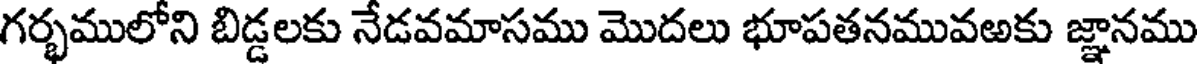
గర్భములోని బిడ్డలకు నేడవమాసము మొదలు భూపతనమువఱకు జ్ఞానము